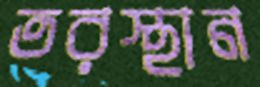
তরস্থান